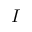
\boldsymbol I